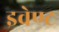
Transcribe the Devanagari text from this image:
इवेण्ट